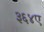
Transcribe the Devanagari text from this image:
३६४ए